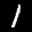
Label: 1